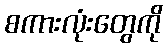
စကားလုံးတွေကို